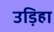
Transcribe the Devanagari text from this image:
उड़िहा